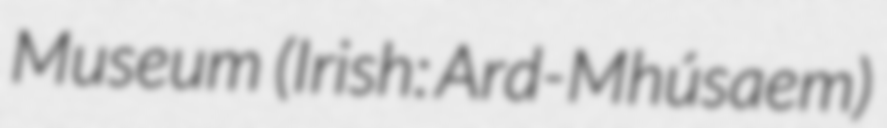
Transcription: Museum  (Irish: Ard-Mhúsaem)